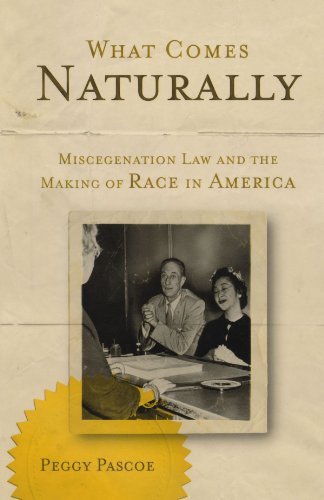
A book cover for What Comes Naturally: Miscegenation Law and the Making of Race in America; Peggy Pascoe; Law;